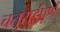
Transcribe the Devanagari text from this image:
चतुराईपूर्ण